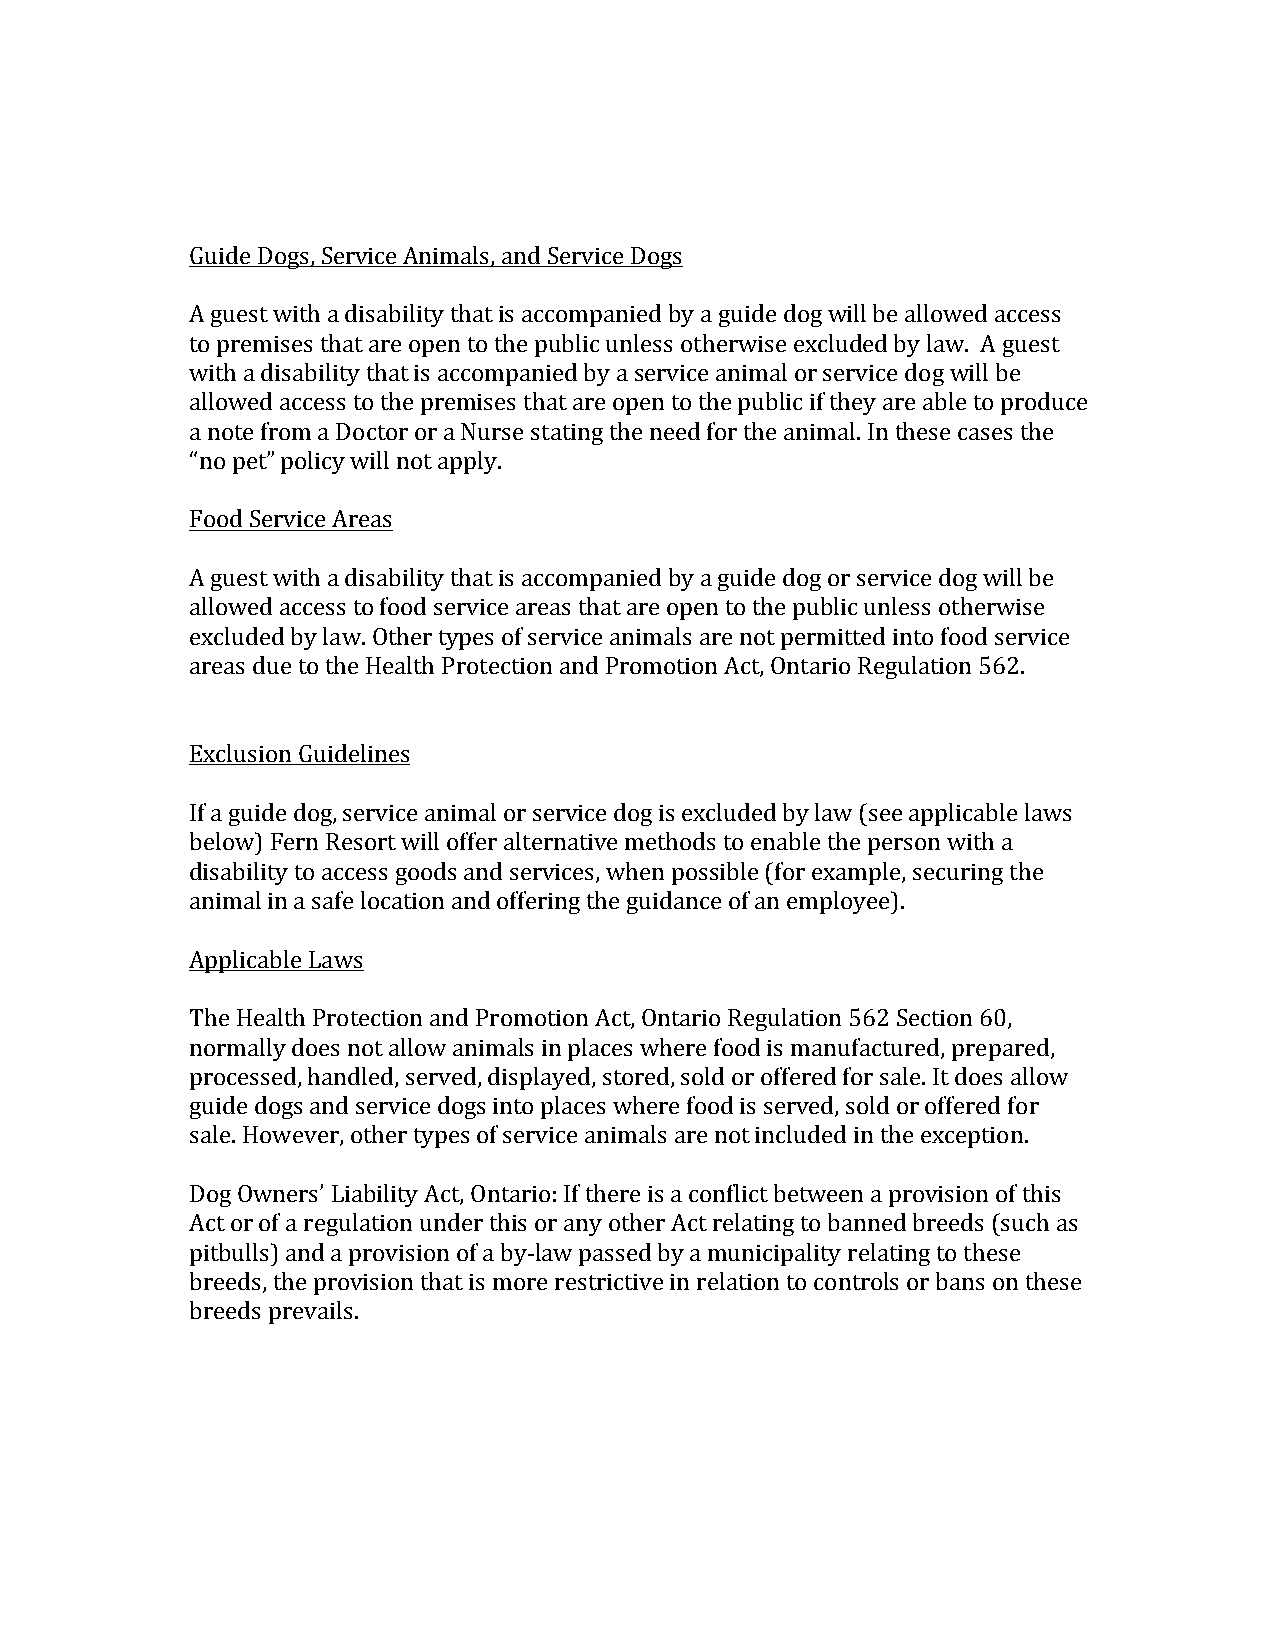
Guide Dogs, Service Animals, and Service Dogs
 A guest with a disability that is accompanied by a guide dog will be allowed access
 to premises that are open to the public unless otherwise excluded by law. A guest
 with a disability that is accompanied by a service animal or service dog will be
 allowed access to the premises that are open to the public if they are able to produce
 a note from a Doctor or a Nurse stating the need for the animal. In these cases the
 “no pet” policy will not apply.
 Food Service Areas
 A guest with a disability that is accompanied by a guide dog or service dog will be
 allowed access to food service areas that are open to the public unless otherwise
 excluded by law. Other types of service animals are not permitted into food service
 areas due to the Health Protection and Promotion Act, Ontario Regulation 562.
 Exclusion Guidelines
 If a guide dog, service animal or service dog is excluded by law (see applicable laws
 below) Fern Resort will offer alternative methods to enable the person with a
 disability to access goods and services, when possible (for example, securing the
 animal in a safe location and offering the guidance of an employee).
 Applicable Laws
 The Health Protection and Promotion Act, Ontario Regulation 562 Section 60,
 normally does not allow animals in places where food is manufactured, prepared,
 processed, handled, served, displayed, stored, sold or offered for sale. It does allow
 guide dogs and service dogs into places where food is served, sold or offered for
 sale. However, other types of service animals are not included in the exception.
 Dog Owners’ Liability Act, Ontario: If there is a conflict between a provision of this
 Act or of a regulation under this or any other Act relating to banned breeds (such as
 pitbulls) and a provision of a by-law passed by a municipality relating to these
 breeds, the provision that is more restrictive in relation to controls or bans on these
 breeds prevails.